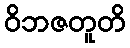
ဝိဘဇတူတိ